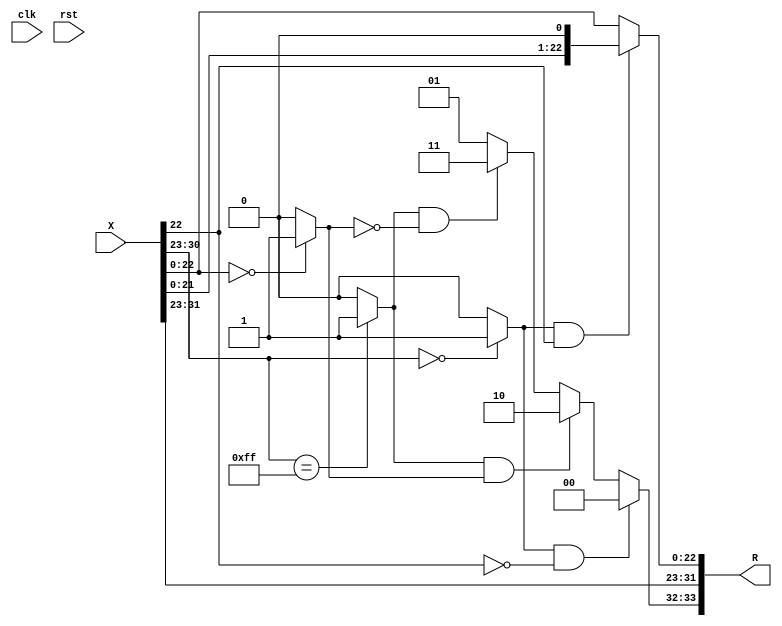
//--------------------------------------------------------------------------------------------
//
// Generated by X-HDL VHDL Translator - Version 2.0.0 Feb. 1, 2011
// Mon Apr 21 2014 01:18:10
//
//      Input file      : 
//      Component name  : inputieee_8_23_to_8_23
//      Author          : 
//      Company         : 
//
//      Description     : 
//
//
//--------------------------------------------------------------------------------------------

//------------------------------------------------------------------------------
//                           InputIEEE_8_23_to_8_23
// This operator is part of the Infinite Virtual Library FloPoCoLib
// All rights reserved 
//------------------------------------------------------------------------------
// Pipeline depth: 0 cycles

module InputIEEE_8_23_to_8_23(clk, rst, X, R);
   input             clk;
   input             rst;
   input [31:0]      X;
   output [8+23+2:0] R;
   
   wire [7:0]        expX;
   wire [22:0]       fracX;
   wire              sX;
   wire              expZero;
   wire              expInfty;
   wire              fracZero;
   wire              reprSubNormal;
   wire [22:0]       sfracX;
   wire [22:0]       fracR;
   wire [7:0]        expR;
   wire              infinity;
   wire              zero;
   wire              NaN;
   wire [1:0]        exnR;
   /*
   always @(posedge clk)
      
         ;
   */
	assign expX = X[30:23];
   assign fracX = X[22:0];
   assign sX = X[31];
   assign expZero = (expX == 8'b00000000) ? 1'b1 : 
                    1'b0;
   assign expInfty = (expX == 8'b11111111) ? 1'b1 : 
                     1'b0;
   assign fracZero = (fracX == 23'b00000000000000000000000) ? 1'b1 : 
                     1'b0;
   assign reprSubNormal = fracX[22];
   // since we have one more exponent value than IEEE (field 0...0, value emin-1),
   // we can represent subnormal numbers whose mantissa field begins with a 1
   assign sfracX = ((expZero == 1'b1 & reprSubNormal == 1'b1)) ? {fracX[21:0], 1'b0} : 
                   fracX;
   assign fracR = sfracX;
   // copy exponent. This will be OK even for subnormals, zero and infty since in such cases the exn bits will prevail
   assign expR = expX;
   assign infinity = expInfty & fracZero;
   assign zero = expZero & (~reprSubNormal);
   assign NaN = expInfty & (~fracZero);
   assign exnR = (zero == 1'b1) ? 2'b00 : 
                 (infinity == 1'b1) ? 2'b10 : 
                 (NaN == 1'b1) ? 2'b11 : 
                 2'b01;		// normal number
   assign R = {exnR, sX, expR, fracR};
   
endmodule